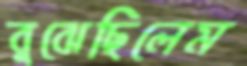
বুঝেছিলেম